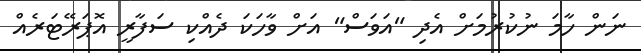
ނަން ހާމަ ނުކުރުމަށް އެދި "އަވަސް" އަށް ވާހަކަ ދެއްކި ސަފާރީ އޮޕަރޭޓަރެއް